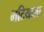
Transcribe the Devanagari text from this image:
भटियाला